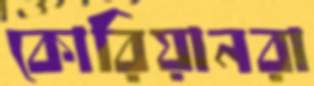
কোরিয়ানরা